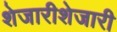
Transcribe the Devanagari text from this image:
शेजारीशेजारी